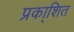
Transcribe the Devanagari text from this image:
प्रका्शित